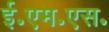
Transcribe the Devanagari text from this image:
ई॰एम॰एस॰